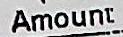
AMOUNT